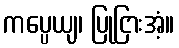
ကပ္ပေယျ၊ ပြုငြားအံ့။